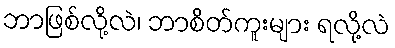
ဘာဖြစ်လို့လဲ၊ ဘာစိတ်ကူးများ ရလို့လဲ